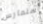
سنمارس